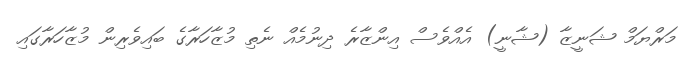
މަރްޔަމް ޝަނީޒާ (ޝާނީ) އެއްވެސް އިންޒާރެ ދިނުމެއް ނެތި މުޒާހަރާގެ ބައިވެރިން މުޒާހަރާގައި